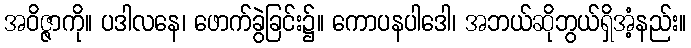
အဝိဇ္ဇာကို။ ပဒါလနေ၊ ဖောက်ခွဲခြင်း၌။ ကောပနပါဒေါ၊ အဘယ်ဆိုဘွယ်ရှိအံ့နည်း။